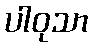
ပါဝုသာ